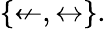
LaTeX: \{ \nleftarrow,\leftrightarrow\} .